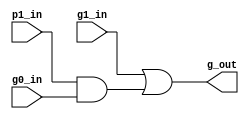
//
// Created by         :
// Last Modified      : 
// Update Count       :2023-09-20 00:58
// Description        :
//                     
//                     
//=======================================================================
module g_calc(
    g0_in,
    g1_in,
    p1_in,
    g_out,
);

input g0_in;
input g1_in;
input p1_in;
output g_out;

assign g_out = g1_in | (p1_in & g0_in);

endmodule